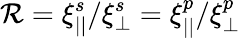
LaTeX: \mathcal{R}=\xi_{||}^{s}/\xi_{\perp}^{s}=\xi_{||}^{p}/\xi_{\perp}^{p}